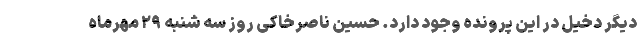
دیگر دخیل در این پرونده وجود دارد. حسین ناصرخاکی روز سه شنبه ۲۹ مهرماه